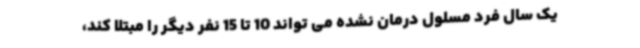
یک سال فرد مسلول درمان نشده می تواند 10 تا 15 نفر دیگر را مبتلا کند،